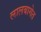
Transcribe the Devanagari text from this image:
लालबागेत